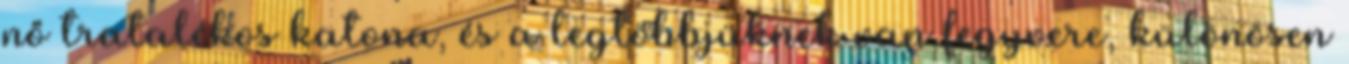
nő tratalékos katona, és a legtöbbjüknek van fegyvere, különösen